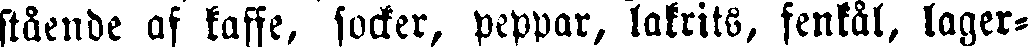
stående af kaffe, socker, peppar, lakrits, fenkål, lager-